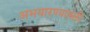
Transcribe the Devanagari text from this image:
अभयारण्यातली